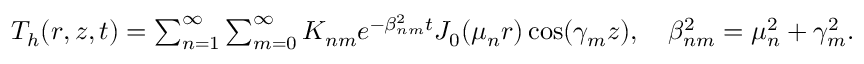
\begin{array} { r } { T _ { h } ( r , z , t ) = \sum _ { n = 1 } ^ { \infty } \sum _ { m = 0 } ^ { \infty } K _ { n m } e ^ { - \beta _ { n m } ^ { 2 } t } J _ { 0 } ( \mu _ { n } r ) \cos ( \gamma _ { m } z ) , \quad \beta _ { n m } ^ { 2 } = \mu _ { n } ^ { 2 } + \gamma _ { m } ^ { 2 } . } \end{array}